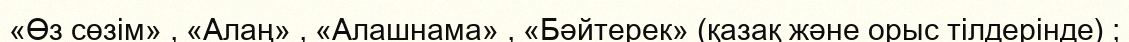
«Өз сөзім» , «Алаң» , «Алашнама» , «Бәйтерек» (қазақ және орыс тілдерінде) ;